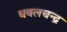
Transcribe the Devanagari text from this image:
धवलचन्द्र